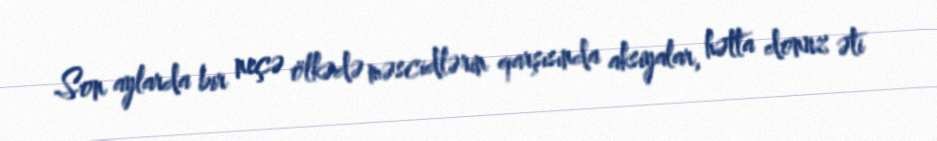
Son aylarda bir neçə ölkədə məscidlərin qarşısında aksiyalar, hətta donuz əti